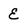
Character: E